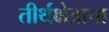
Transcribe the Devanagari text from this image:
तीर्थक्षेत्राचा